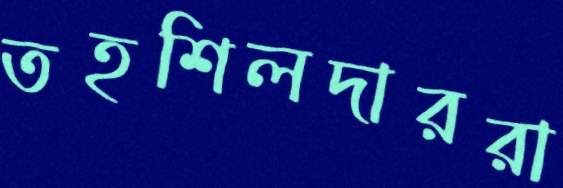
তহশিলদাররা